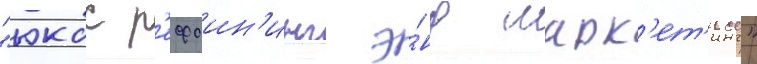
"юкос р'ефаин'инг э́нд марк'ет'инг"